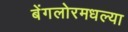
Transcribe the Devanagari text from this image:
बेंगलोरमधल्या